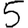
Digit: 5